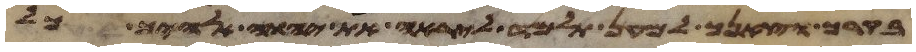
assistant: בקרך וצאנך למען תלמד ליראה את יהוה אלהיך כל